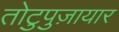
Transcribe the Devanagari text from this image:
तोटुपुज़ायार